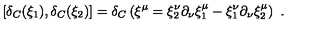
\left[ \delta _ { C } ( \xi _ { 1 } ) , \delta _ { C } ( \xi _ { 2 } ) \right] = \delta _ { C } \left( \xi ^ { \mu } = \xi _ { 2 } ^ { \nu } \partial _ { \nu } \xi _ { 1 } ^ { \mu } - \xi _ { 1 } ^ { \nu } \partial _ { \nu } \xi _ { 2 } ^ { \mu } \right) \ .